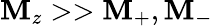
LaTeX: {\mathbf{M}_{z}>>\mathbf{M}_{+},\mathbf{M}_{-}}